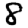
Digit: 8